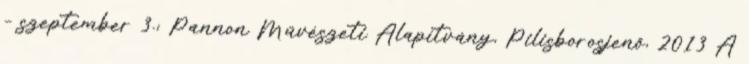
– szeptember 3.; Pannon Művészeti Alapítvány, Pilisborosjenő, 2013 A